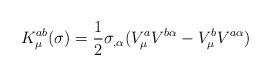
LaTeX: \begin{align*}K_{\mu}^{ab}(\sigma)=\frac{1}{2}\sigma_{,\alpha}(V_{\mu}^{a}V^{b\alpha}-V_{\mu}^{b}V^{a\alpha})\end{align*}